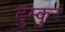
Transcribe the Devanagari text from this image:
टुम्कुर